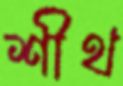
শীথ